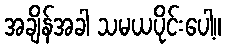
အချိန်အခါ သမယပိုင်းပေါ့။